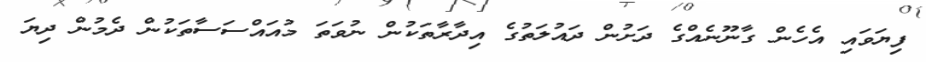
ފިޔަވައި އެހެން ގާނޫނެއްގެ ދަށުން ދައުލަތުގެ އިދާރާތަކުން ނުވަތަ މުއައްސަސާތަކުން ދެމުން ދިޔަ